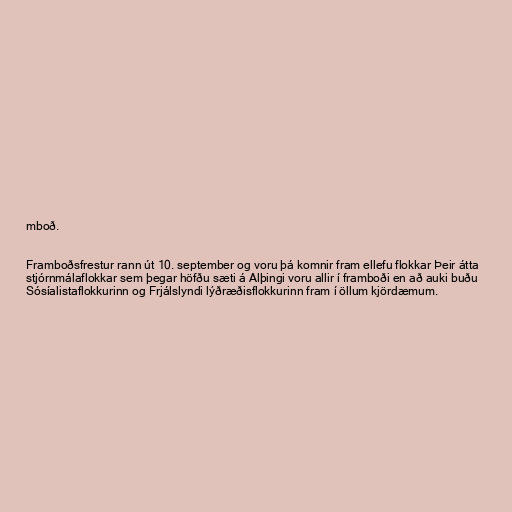
mboð.

Framboðsfrestur rann út 10. september og voru þá komnir fram ellefu flokkar Þeir átta
stjórnmálaflokkar sem þegar höfðu sæti á Alþingi voru allir í framboði en að auki buðu
Sósíalistaflokkurinn og Frjálslyndi lýðræðisflokkurinn fram í öllum kjördæmum.